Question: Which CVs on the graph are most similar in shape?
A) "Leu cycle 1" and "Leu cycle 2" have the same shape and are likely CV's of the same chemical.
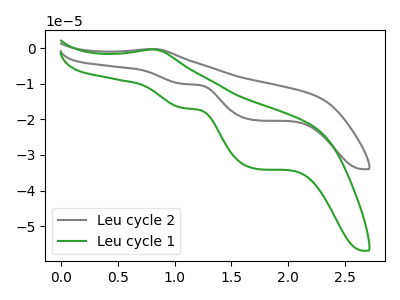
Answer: <think>The gray curve "Leu cycle 2" has an anodic peak at (0.80V, -0.25uA) and cathodic peaks at (1.10V, -10.05uA) (1.70V, -20.25uA). The green curve "Leu cycle 1" has an anodic peak at (0.80V, -0.40uA) and cathodic peaks at (1.10V, -16.85uA) (1.70V, -33.90uA).
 All the peaks in "Leu cycle 2" have a peak in "Leu cycle 1" at the same potential.</think>
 <answer>A) "Leu cycle 1" and "Leu cycle 2" have the same shape and are likely CV's of the same chemical.</answer>
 <eval>A</eval>